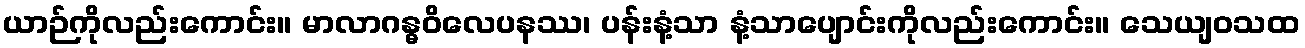
ယာဉ်ကိုလည်းကောင်း။ မာလာဂန္ဓဝိလေပနဿ၊ ပန်းနံ့သာ နံ့သာပျောင်းကိုလည်းကောင်း။ သေယျဝသထ